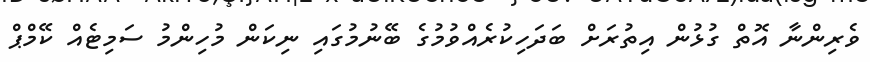
ވެރިންނާ އޮތް ގުޅުން އިތުރަށް ބަދަހިކުރެއްވުމުގެ ބޭނުމުގައި ނިކަން މުހިންމު ސަމިޓެއް ކޭމްޕް